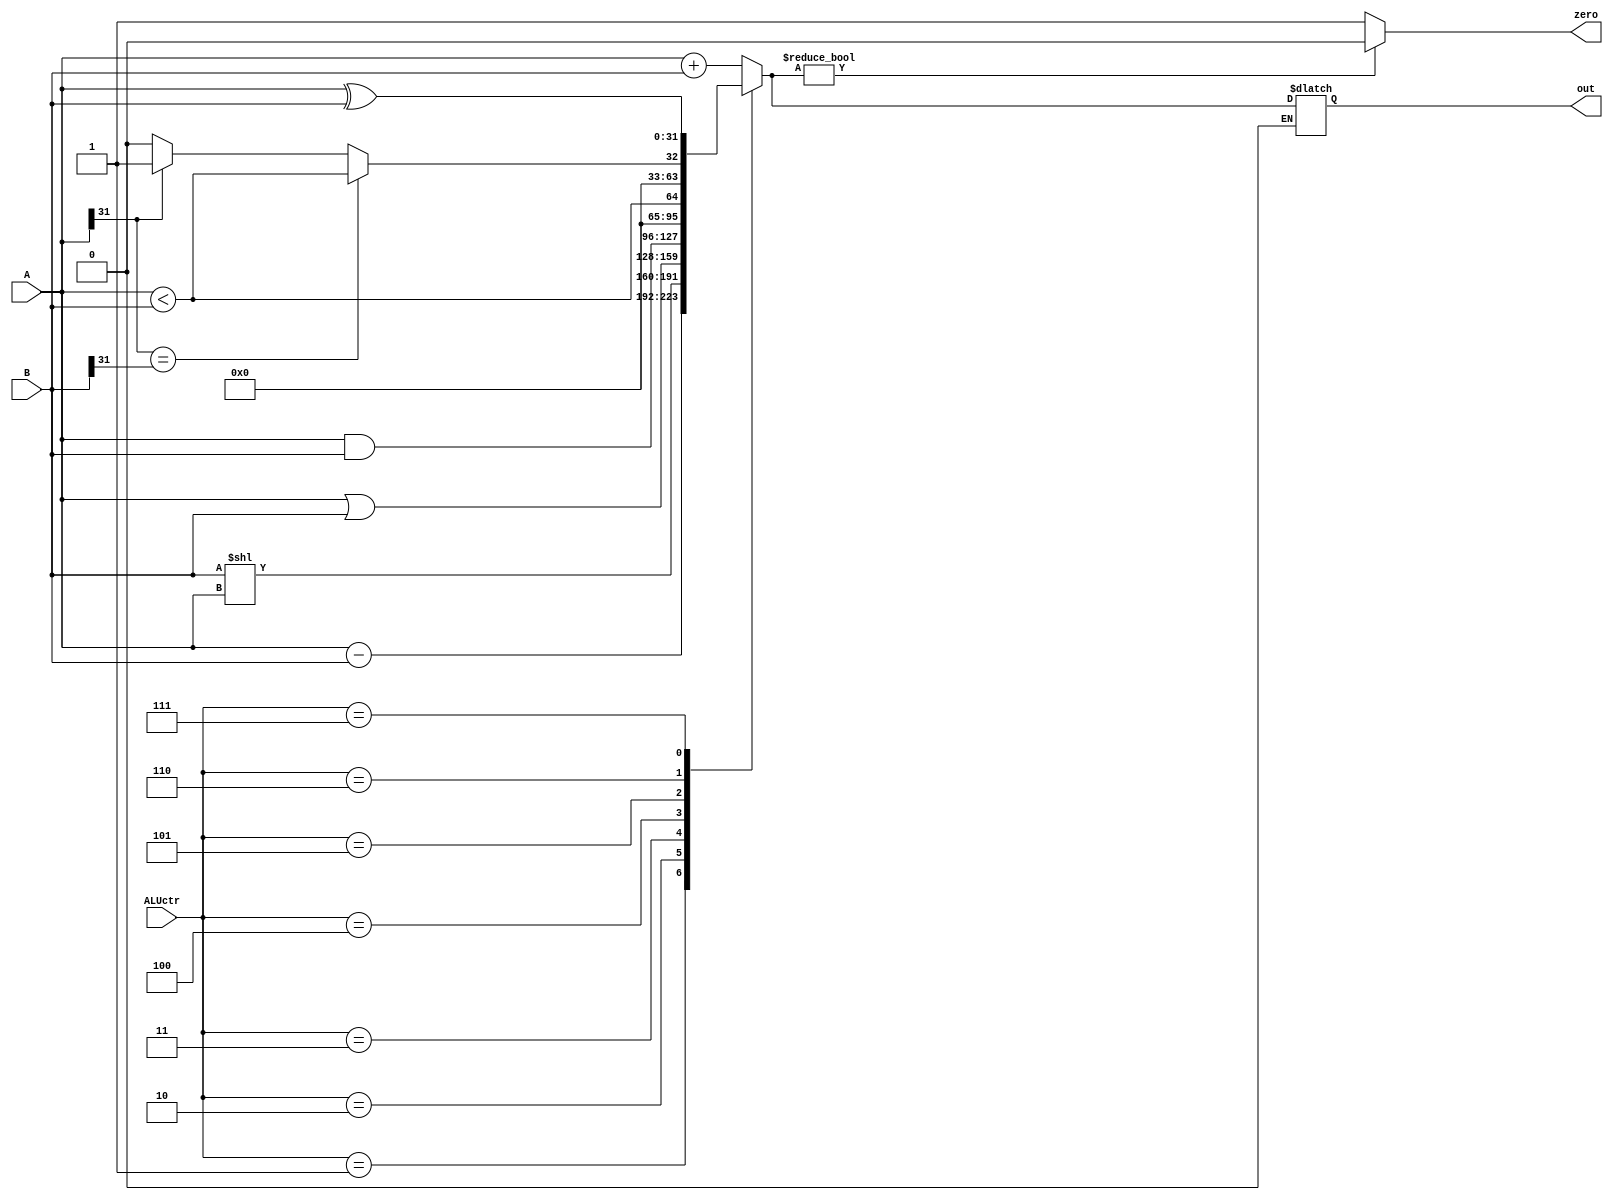
module ALU(A,B,ALUctr,out,zero);
    input [31:0] A,B;
    input [2:0] ALUctr;
    output [31:0] out;
    output zero;

    reg [31:0] out;
    reg zero;

    always @(A,B,ALUctr) 
    begin
        case (ALUctr)
            3'b000:out=A+B;
            3'b001:out=A-B;
            3'b010:out=B<<A;
            3'b011:out=A|B;
            3'b100:out=A&B;
            3'b101:out=A<B;
            3'b110:
            begin
                if (A[31]==B[31]) out=A<B;
                else if (A[31]==1) out=1;
                else if (A[31]==0) out=0;
            end
            3'b111:out=A^B;
            default:out=0; 
        endcase
        if (out) zero<=0;
        else zero<=1;
    end

endmodule // ALU